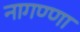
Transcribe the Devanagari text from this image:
नागण्णा